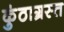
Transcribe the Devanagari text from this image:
कुंठाग्रस्त